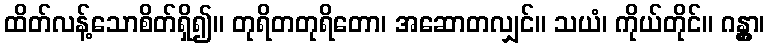
ထိတ်လန့်သောစိတ်ရှိ၍။ တုရိတတုရိတော၊ အဆောတလျှင်။ သယံ၊ ကိုယ်တိုင်။ ဂန္တွာ၊